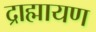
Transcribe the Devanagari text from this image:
द्राह्मायण